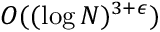
O ( ( \log N ) ^ { 3 + \epsilon } )